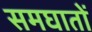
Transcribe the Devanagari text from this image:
समघातों